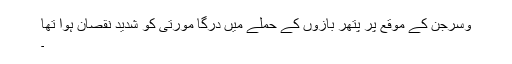
وسرجن کے موقع پر پتھر بازوں کے حملے میں درگا مورتی کو شدید نقصان ہوا تھا
۔